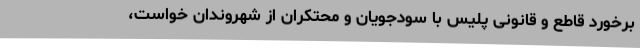
برخورد قاطع و قانونی پلیس با سودجویان و محتکران از شهروندان خواست،